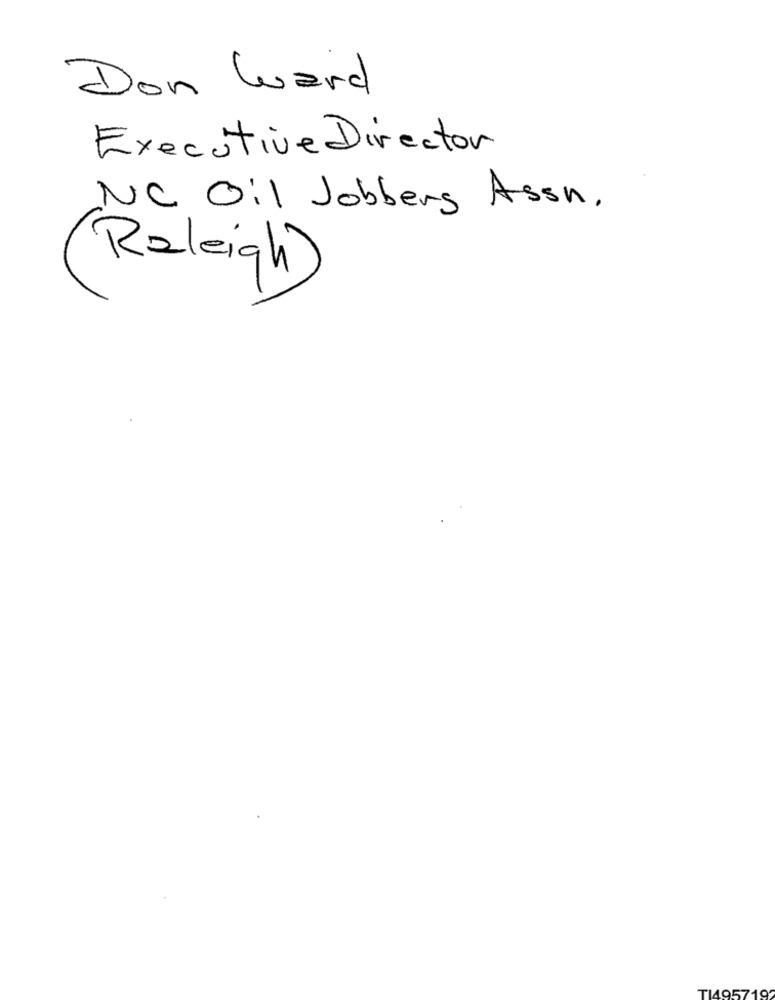
Don ward
Executive Director
NC Oil Jobbers Assn.
Raleigh)
TI4957192